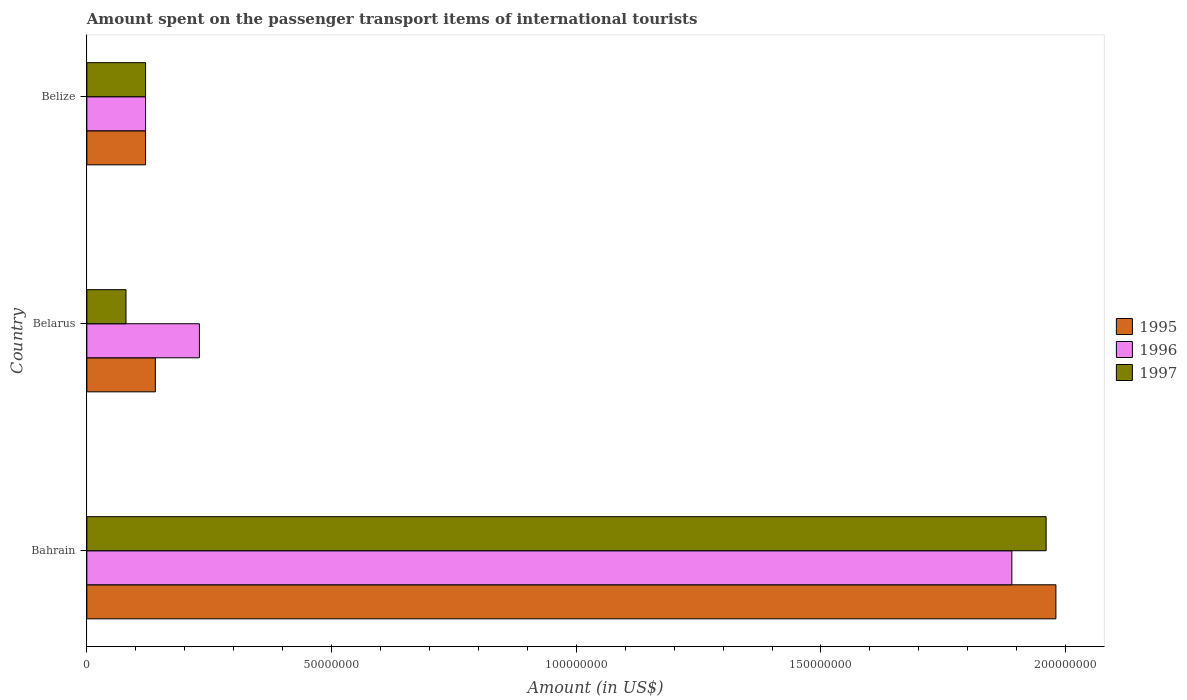
| Country | 1995 | 1996 | 1997 |
 | --- | --- | --- | --- |
 | Bahrain | 1.98e+08 | 1.89e+08 | 1.96e+08 |
 | Belarus | 1.4e+07 | 2.3e+07 | 8e+06 |
 | Belize | 1.2e+07 | 1.2e+07 | 1.2e+07 |